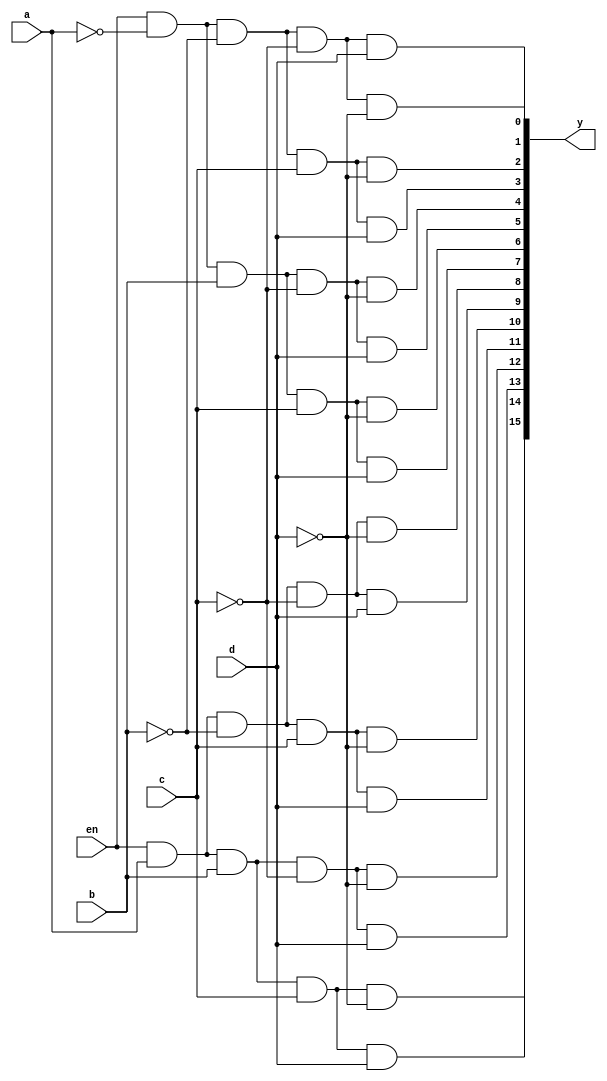
`timescale 1ns / 1ps
module decoder4x16(a,b,c,d,y,en);
input a,b,c,d,en;
output [15:0]y;
and v1(y[0],en,~a,~b,~c,~d);
and v2(y[1],en,~a,~b,~c,d);
and v3(y[2],en,~a,~b,c,~d);
and v4(y[3],en,~a,~b,c,d);
and v5(y[4],en,~a,b,~c,~d);
and v6(y[5],en,~a,b,~c,d);
and v7(y[6],en,~a,b,c,~d);
and v8(y[7],en,~a,b,c,d);
and v9(y[8],en,a,~b,~c,~d);
and v0(y[9],en,a,~b,~c,d);
and b1(y[10],en,a,~b,c,~d);
and b2(y[11],en,a,~b,c,d);
and b3(y[12],en,a,b,~c,~d);
and b4(y[13],en,a,b,~c,d);
and b5(y[14],en,a,b,c,~d);
and b6(y[15],en,a,b,c,d);


endmodule